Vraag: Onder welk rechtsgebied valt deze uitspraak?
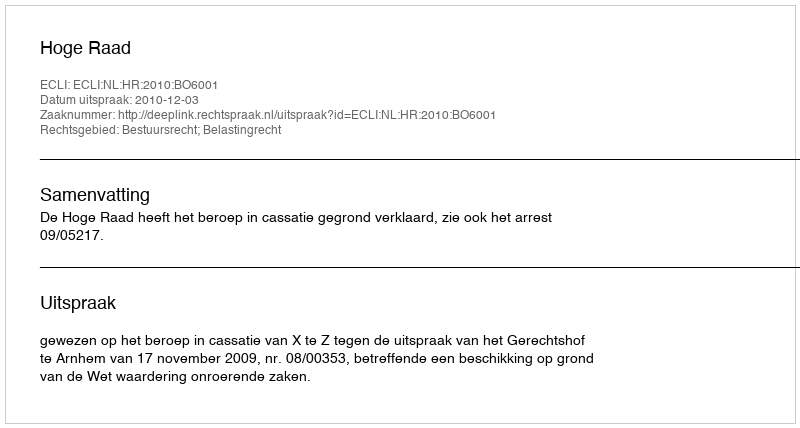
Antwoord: Bestuursrecht; Belastingrecht